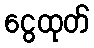
ငွေထုတ်